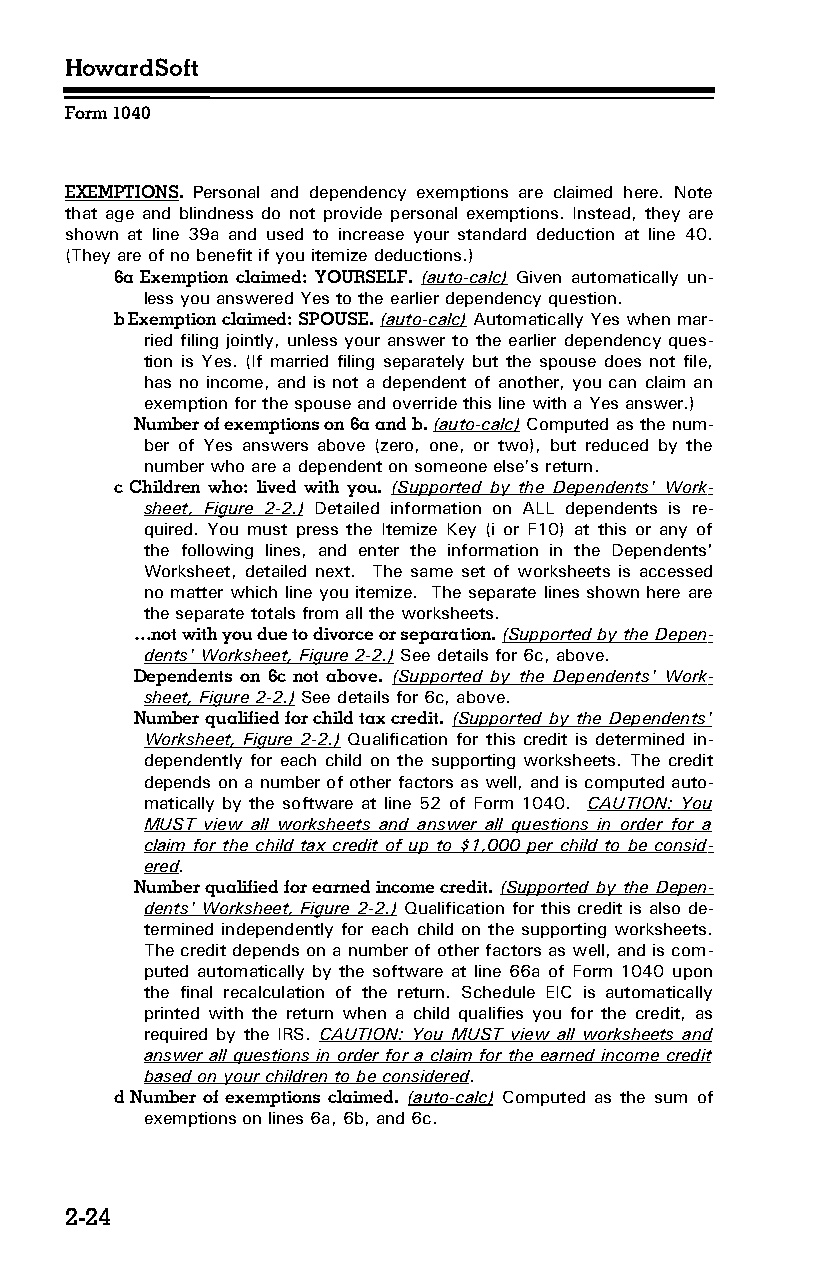
HowardSoft
 Form 1040
 EXEMPTIONS. Personal and dependency exemptions are claimed here. Note
 that age and blindness do not provide personal exemptions. Instead, they are
 shown at line 39a and used to increase your standard deduction at line 40.
 (They are of no benefit if you itemize deductions.)
 6a Exemption claimed: YOURSELF. (auto-calc) Given automatically un­
 less you answered Yes to the earlier dependency question.
 b Exemption claimed: SPOUSE. (auto-calc) Automatically Yes when mar­
 ried filing jointly, unless your answer to the earlier dependency ques­
 tion is Yes. (If married filing separately but the spouse does not file,
 has no income, and is not a dependent of another, you can claim an
 exemption for the spouse and override this line with a Yes answer.)
 Number of exemptions on 6a and b. (auto-calc) Computed as the num­
 ber of Yes answers above (zero, one, or two), but reduced by the
 number who are a dependent on someone else’s return.
 c Children who: lived with you. (Supported by the Dependents' Work­
 sheet, Figure 2-2.) Detailed information on ALL dependents is re­
 quired. You must press the Itemize Key (i or F10) at this or any of
 the following lines, and enter the information in the Dependents'
 Worksheet, detailed next. The same set of worksheets is accessed
 no matter which line you itemize. The separate lines shown here are
 the separate totals from all the worksheets.
 …not with you due to divorce or separation. (Supported by the Depen­
 dents' Worksheet, Figure 2-2.) See details for 6c, above.
 Dependents on 6c not above. (Supported by the Dependents' Work­
 sheet, Figure 2-2.) See details for 6c, above.
 Number qualified for child tax credit. (Supported by the Dependents'
 Worksheet, Figure 2-2.) Qualification for this credit is determined in­
 dependently for each child on the supporting worksheets. The credit
 depends on a number of other factors as well, and is computed auto­
 matically by the software at line 52 of Form 1040. CAUTION: You
 MUST view all worksheets and answer all questions in order for a
 claim for the child tax credit of up to $1,000 per child to be consid­
 ered.
 Number qualified for earned income credit. (Supported by the Depen­
 dents' Worksheet, Figure 2-2.) Qualification for this credit is also de­
 termined independently for each child on the supporting worksheets.
 The credit depends on a number of other factors as well, and is com­
 puted automatically by the software at line 66a of Form 1040 upon
 the final recalculation of the return. Schedule EIC is automatically
 printed with the return when a child qualifies you for the credit, as
 required by the IRS. CAUTION: You MUST view all worksheets and
 answer all questions in order for a claim for the earned income credit
 based on your children to be considered.
 d Number of exemptions claimed. (auto-calc) Computed as the sum of
 exemptions on lines 6a, 6b, and 6c.
 2-24